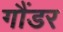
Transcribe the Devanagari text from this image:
गौंडर